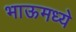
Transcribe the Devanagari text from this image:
भाऊमध्ये